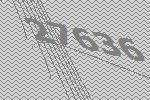
27636